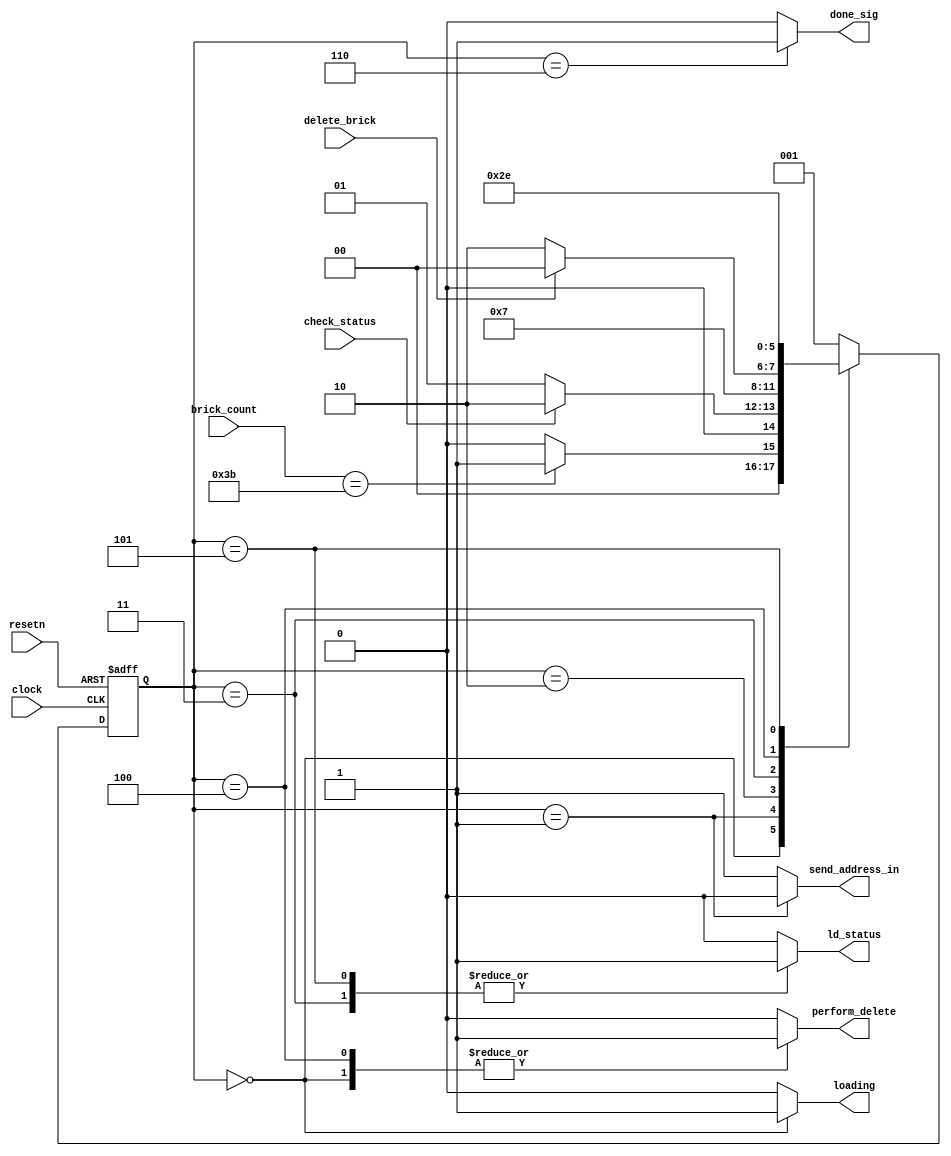
`timescale 1ns / 1ns


module brick_storage_fsm(clock, resetn, 
								brick_count, check_status, 
								loading, ld_status, done_sig, 
								send_address_in, delete_brick, perform_delete);
	
	// Control signals from collider/vga display
			// reset, deletebrick, check_status
	input clock, resetn;
	input check_status;
	input [5:0] brick_count;	
	input delete_brick; 
	
	output reg loading; 
	output reg ld_status;
	output reg done_sig;
   output reg perform_delete;
	output reg send_address_in; 
	
	localparam
		LOAD_BRICKS = 3'b000,			//0
		WAIT_FOR_SIGNAL = 3'b001,		//1
		RW_BRICK = 3'b010,				//2
		LOAD_BRICK = 3'b011,				//3
		DELETE_BRICK = 3'b100,			//4
		LOAD_DELETED_BRICK = 3'b101, 	//5
		DONE_SIGNAL = 3'b110;			//6
		
	wire brick_exists; 
	reg [2:0] current_state, next_state; 
	
	// State table
	always @(*)
	begin : state_table 
		case (current_state)
		LOAD_BRICKS: 		next_state = (brick_count == 6'd59) ?  WAIT_FOR_SIGNAL : LOAD_BRICKS;
		WAIT_FOR_SIGNAL: 	next_state = (check_status) ? RW_BRICK : WAIT_FOR_SIGNAL;
		RW_BRICK: 			next_state = LOAD_BRICK;
		LOAD_BRICK: 		next_state = (delete_brick == 1'b0) ? DONE_SIGNAL : DELETE_BRICK;
		DELETE_BRICK:		next_state = LOAD_DELETED_BRICK; 
		LOAD_DELETED_BRICK: next_state = DONE_SIGNAL; 
		DONE_SIGNAL:		next_state = WAIT_FOR_SIGNAL;
		default 				next_state = WAIT_FOR_SIGNAL; 
		endcase
	end
	
	// Set signals 
	always @ (*)
	begin: enable_signals
		loading = 1'b0; 
		ld_status = 1'b0;
		done_sig = 1'b0;
		perform_delete = 1'b0;
		send_address_in = 1'b1;		
	case (current_state)
		LOAD_BRICKS: begin
			loading = 1'b1; 
			ld_status = 1'b0;
			done_sig = 1'b0;
			perform_delete = 1'b1; 
		end
		WAIT_FOR_SIGNAL: begin
			loading = 1'b0;
			ld_status = 1'b0;
			done_sig = 1'b0;
			send_address_in = 1'b0;
		end
		RW_BRICK: begin
			loading = 1'b0;
			ld_status = 1'b0;
			done_sig = 1'b0;
		end
		LOAD_BRICK: begin
			loading = 1'b0;
			ld_status = 1'b1;
			done_sig = 1'b0; 
		end
		DELETE_BRICK: begin
			loading = 1'b0; 
			ld_status = 1'b0; 
			done_sig = 1'b0;
			perform_delete = 1'b1; 
		end
		LOAD_DELETED_BRICK: begin
			loading = 1'b0;
			ld_status = 1'b1;
			done_sig = 1'b0; 
		end
		DONE_SIGNAL: begin
			loading = 1'b0; 
			ld_status = 1'b0; 
			done_sig = 1'b1; 
		end
	default: ;
		endcase
	end
	
	// Assign next state input
	always @ (posedge clock, negedge resetn) begin
	if (resetn == 1'b0)
		current_state <= LOAD_BRICKS;
	else
		current_state <= next_state;
	end
	
endmodule